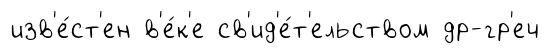
изв'е́ст'ен в'е́к'е св'ид'е́т'ельством др-гр'еч